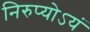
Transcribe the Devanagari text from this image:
निरुप्योऽयं